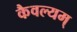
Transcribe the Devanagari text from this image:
कैवल्यम्